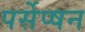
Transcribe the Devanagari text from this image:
पर्सेप्षन